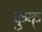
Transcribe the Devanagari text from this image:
कुक्